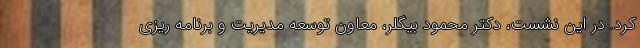
کرد. در این نشست، دکتر محمود بیگلر، معاون توسعه مدیریت و برنامه ریزی